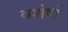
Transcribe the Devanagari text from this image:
वशेषों